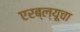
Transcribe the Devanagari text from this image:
एरब्ल्यूचा